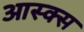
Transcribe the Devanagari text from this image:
आस्क्स